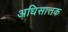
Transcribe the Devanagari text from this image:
अधिसात्तक